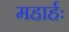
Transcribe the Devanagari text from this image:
महार्हः